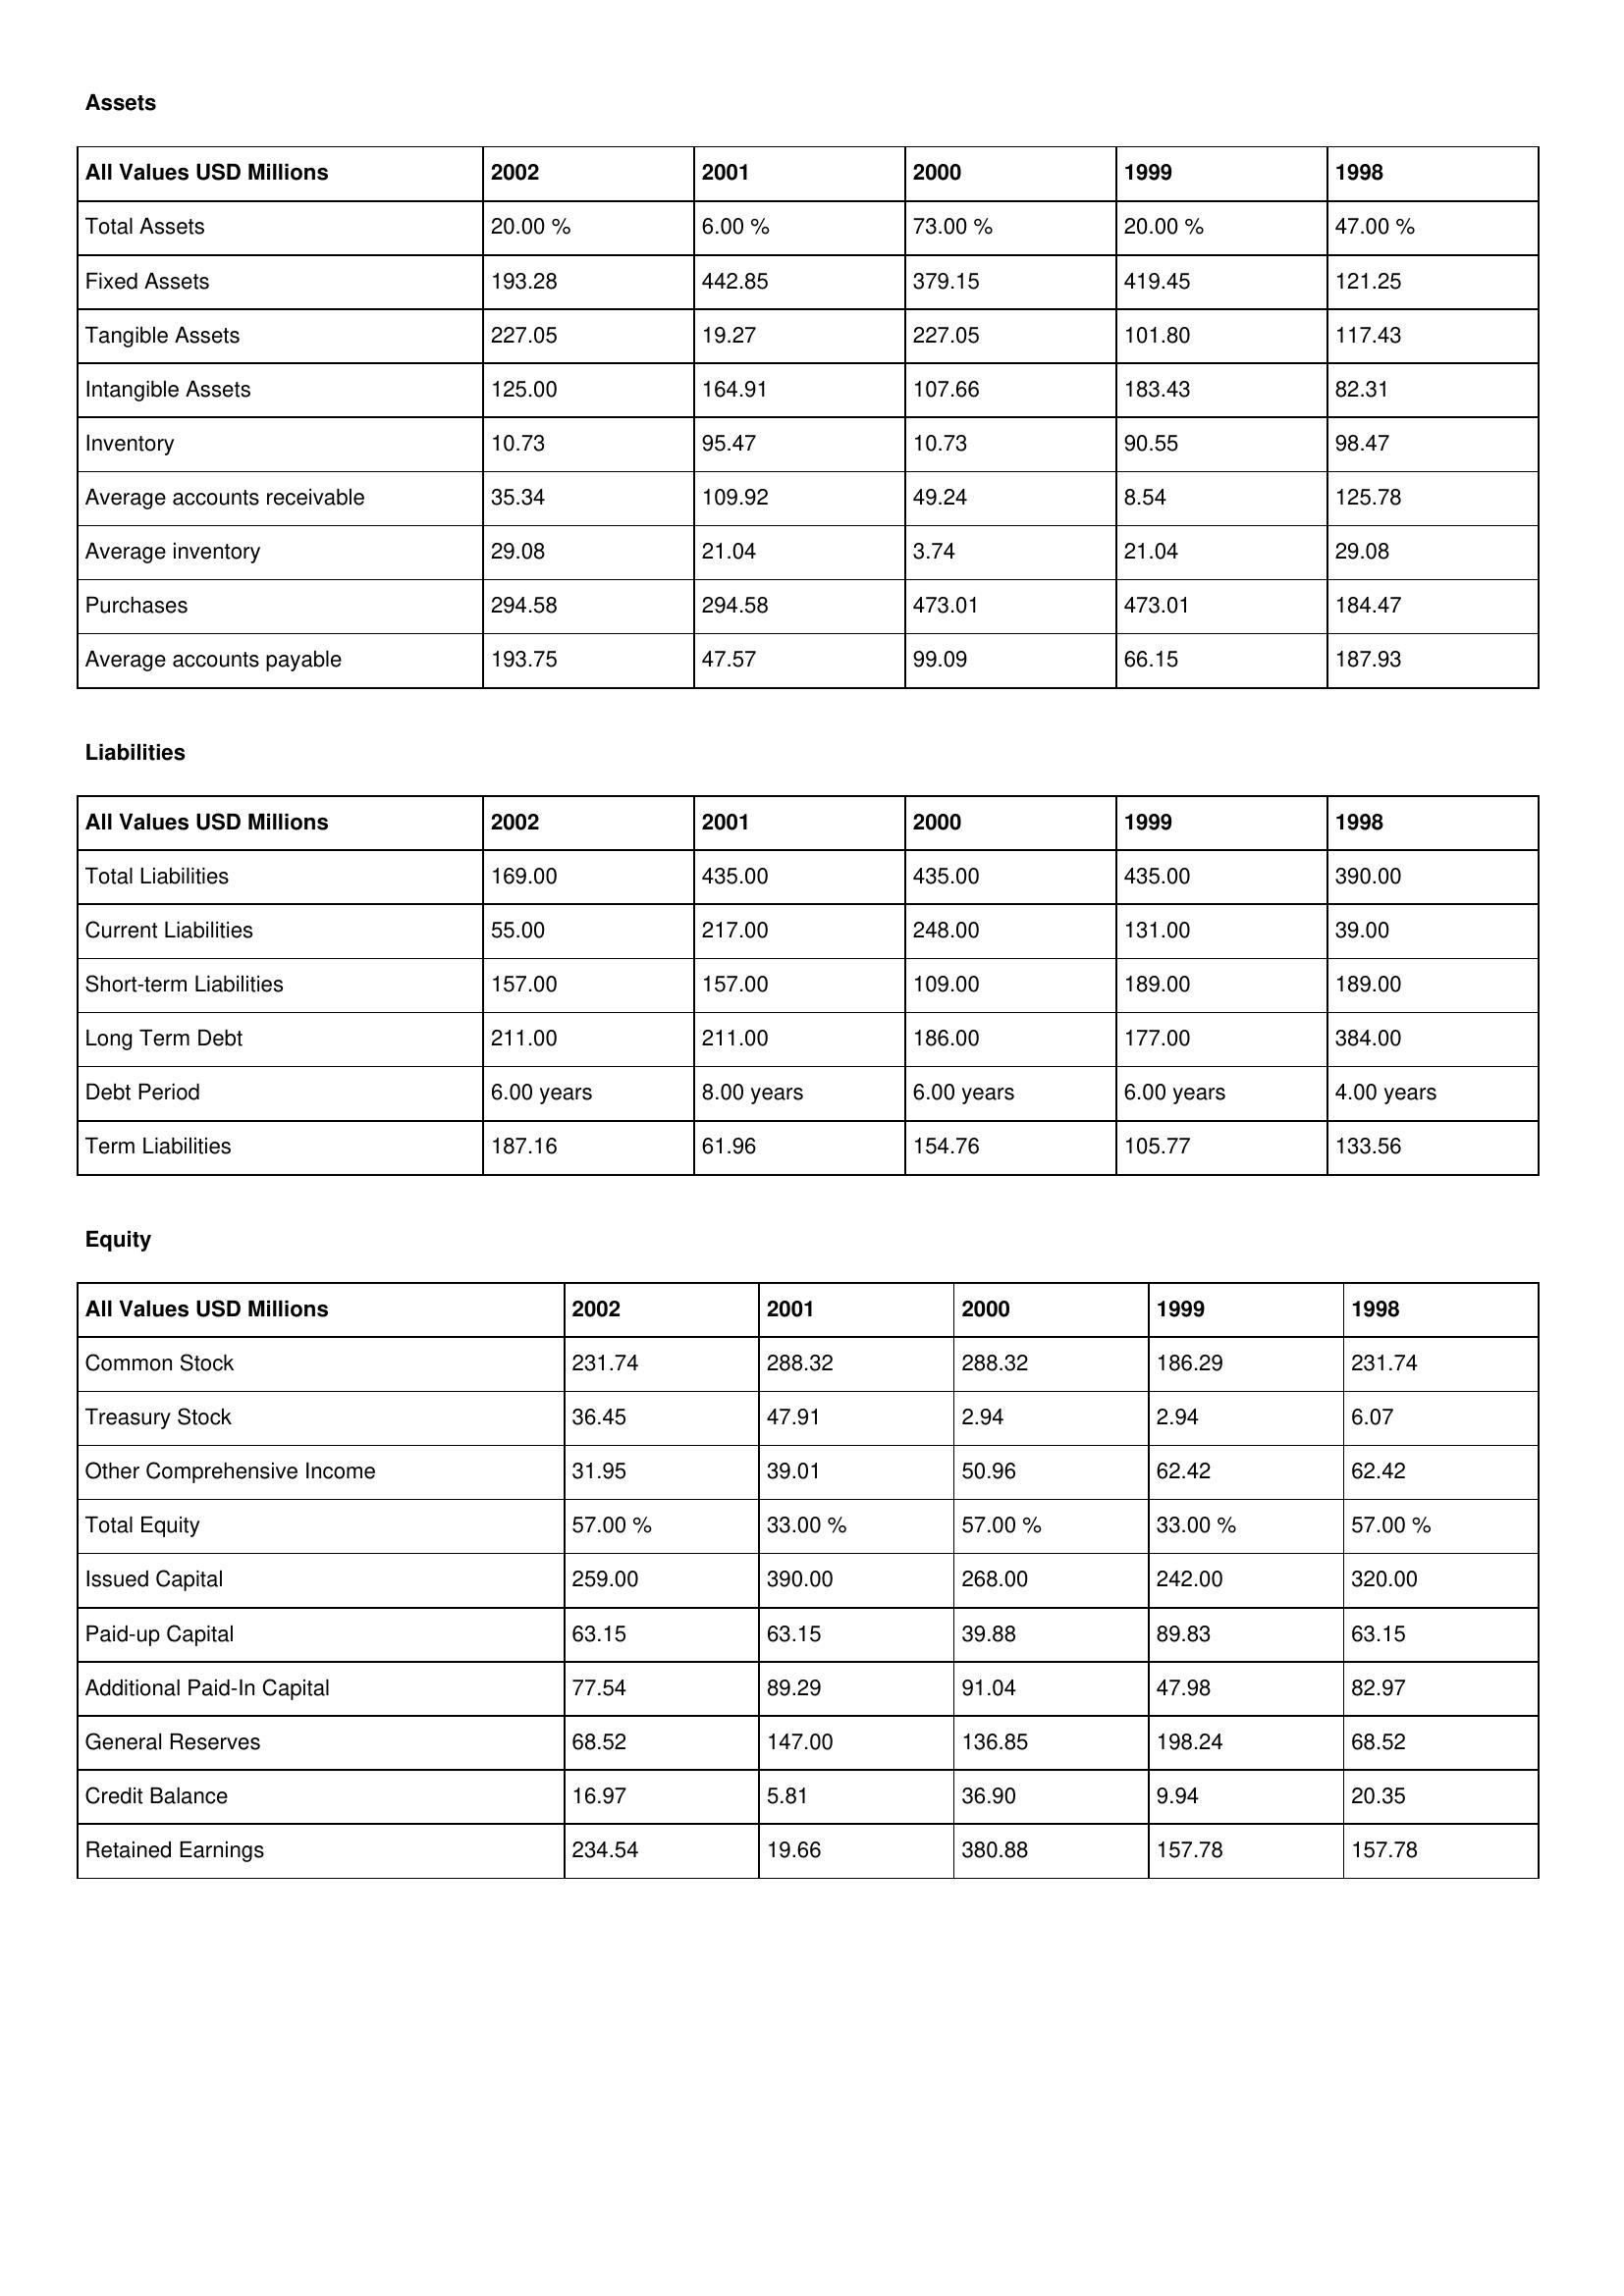
gt_parse: 2002: Assets: Total Assets: 20.00 %
Fixed Assets: 193.28
Tangible Assets: 227.05
Intangible Assets: 125.00
Inventory: 10.73
Average accounts receivable: 35.34
Average inventory: 29.08
Purchases: 294.58
Average accounts payable: 193.75
Liabilities: Total Liabilities: 169.00
Current Liabilities: 55.00
Short-term Liabilities: 157.00
Long Term Debt: 211.00
Debt Period: 6.00 years
Term Liabilities: 187.16
Equity: Common Stock: 231.74
Treasury Stock: 36.45
Other Comprehensive Income: 31.95
Total Equity: 57.00 %
Issued Capital: 259.00
Paid-up Capital: 63.15
Additional Paid-In Capital: 77.54
General Reserves: 68.52
Credit Balance: 16.97
Retained Earnings: 234.54
2001: Assets: Total Assets: 6.00 %
Fixed Assets: 442.85
Tangible Assets: 19.27
Intangible Assets: 164.91
Inventory: 95.47
Average accounts receivable: 109.92
Average inventory: 21.04
Purchases: 294.58
Average accounts payable: 47.57
Liabilities: Total Liabilities: 435.00
Current Liabilities: 217.00
Short-term Liabilities: 157.00
Long Term Debt: 211.00
Debt Period: 8.00 years
Term Liabilities: 61.96
Equity: Common Stock: 288.32
Treasury Stock: 47.91
Other Comprehensive Income: 39.01
Total Equity: 33.00 %
Issued Capital: 390.00
Paid-up Capital: 63.15
Additional Paid-In Capital: 89.29
General Reserves: 147.00
Credit Balance: 5.81
Retained Earnings: 19.66
2000: Assets: Total Assets: 73.00 %
Fixed Assets: 379.15
Tangible Assets: 227.05
Intangible Assets: 107.66
Inventory: 10.73
Average accounts receivable: 49.24
Average inventory: 3.74
Purchases: 473.01
Average accounts payable: 99.09
Liabilities: Total Liabilities: 435.00
Current Liabilities: 248.00
Short-term Liabilities: 109.00
Long Term Debt: 186.00
Debt Period: 6.00 years
Term Liabilities: 154.76
Equity: Common Stock: 288.32
Treasury Stock: 2.94
Other Comprehensive Income: 50.96
Total Equity: 57.00 %
Issued Capital: 268.00
Paid-up Capital: 39.88
Additional Paid-In Capital: 91.04
General Reserves: 136.85
Credit Balance: 36.90
Retained Earnings: 380.88
1999: Assets: Total Assets: 20.00 %
Fixed Assets: 419.45
Tangible Assets: 101.80
Intangible Assets: 183.43
Inventory: 90.55
Average accounts receivable: 8.54
Average inventory: 21.04
Purchases: 473.01
Average accounts payable: 66.15
Liabilities: Total Liabilities: 435.00
Current Liabilities: 131.00
Short-term Liabilities: 189.00
Long Term Debt: 177.00
Debt Period: 6.00 years
Term Liabilities: 105.77
Equity: Common Stock: 186.29
Treasury Stock: 2.94
Other Comprehensive Income: 62.42
Total Equity: 33.00 %
Issued Capital: 242.00
Paid-up Capital: 89.83
Additional Paid-In Capital: 47.98
General Reserves: 198.24
Credit Balance: 9.94
Retained Earnings: 157.78
1998: Assets: Total Assets: 47.00 %
Fixed Assets: 121.25
Tangible Assets: 117.43
Intangible Assets: 82.31
Inventory: 98.47
Average accounts receivable: 125.78
Average inventory: 29.08
Purchases: 184.47
Average accounts payable: 187.93
Liabilities: Total Liabilities: 390.00
Current Liabilities: 39.00
Short-term Liabilities: 189.00
Long Term Debt: 384.00
Debt Period: 4.00 years
Term Liabilities: 133.56
Equity: Common Stock: 231.74
Treasury Stock: 6.07
Other Comprehensive Income: 62.42
Total Equity: 57.00 %
Issued Capital: 320.00
Paid-up Capital: 63.15
Additional Paid-In Capital: 82.97
General Reserves: 68.52
Credit Balance: 20.35
Retained Earnings: 157.78